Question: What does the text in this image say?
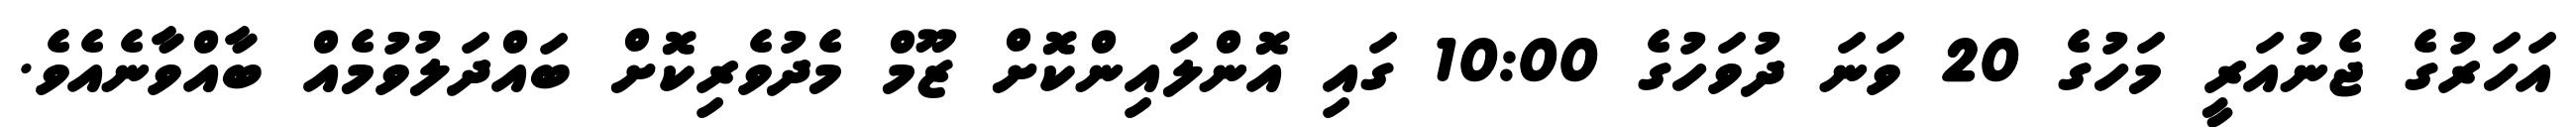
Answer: އަހަރުގެ ޖެނުއަރީ މަހުގެ 20 ވަނަ ދުވަހުގެ 10:00 ގައި އޮންލައިންކޮށް ޒޫމް މެދުވެރިކޮށް ބައްދަލުވުމެއް ބާއްވާނެއެވެ.